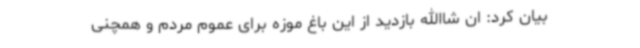
بیان کرد: ان شاالله بازدید از این باغ موزه برای عموم مردم و همچنی